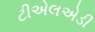
ટીએલએડી